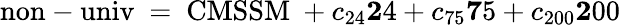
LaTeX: \mathrm{\mathrm{non-univ}\ =\ CMSSM}\ +c_{24}{\mathbf 24}+c_{75}{\mathbf 75}+c_{200}{\mathbf 200}